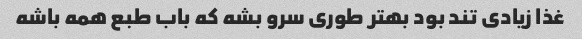
غذا زیادی تند بود بهتر طوری سرو بشه که باب طبع همه باشه